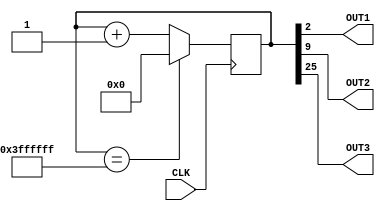
module clockDiv( 
	CLK, 
	OUT1, 
	OUT2, 
	OUT3
    );

   //entradas
	input CLK;
	
	//saidas
	output OUT1, OUT2, OUT3;
	
	//REGISTRADOR
	reg [25:0] COUNTER;
	initial COUNTER = 0;
	
	assign OUT1 = COUNTER[2];  //bit 3 do contador --- 12.5MHz
	assign OUT2 = COUNTER[9];  //bit 4 do contador --- 195KMHz
	assign OUT3 = COUNTER[25]; //bit 26 do contador --- 1.49Hz
	
	always @(posedge CLK)
	begin
		//Soma para contador
		COUNTER <= COUNTER+1;
		//Controla o estouro
		if ( COUNTER == 26'h3FFFFFF )
		begin
			COUNTER <= 26'h0;
		end	
	end
endmodule